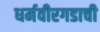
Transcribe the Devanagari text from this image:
धर्मवीरगडाची